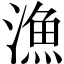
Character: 漁